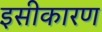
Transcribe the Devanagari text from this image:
इसीकारण